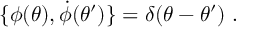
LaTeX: \{ \phi ( \theta ) , \dot { \phi } ( \theta ^ { \prime } ) \} = \delta ( \theta - \theta ^ { \prime } ) \ .